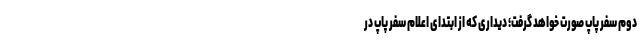
دوم سفر پاپ صورت خواهد گرفت؛ دیداری که از ابتدای اعلام سفر پاپ در